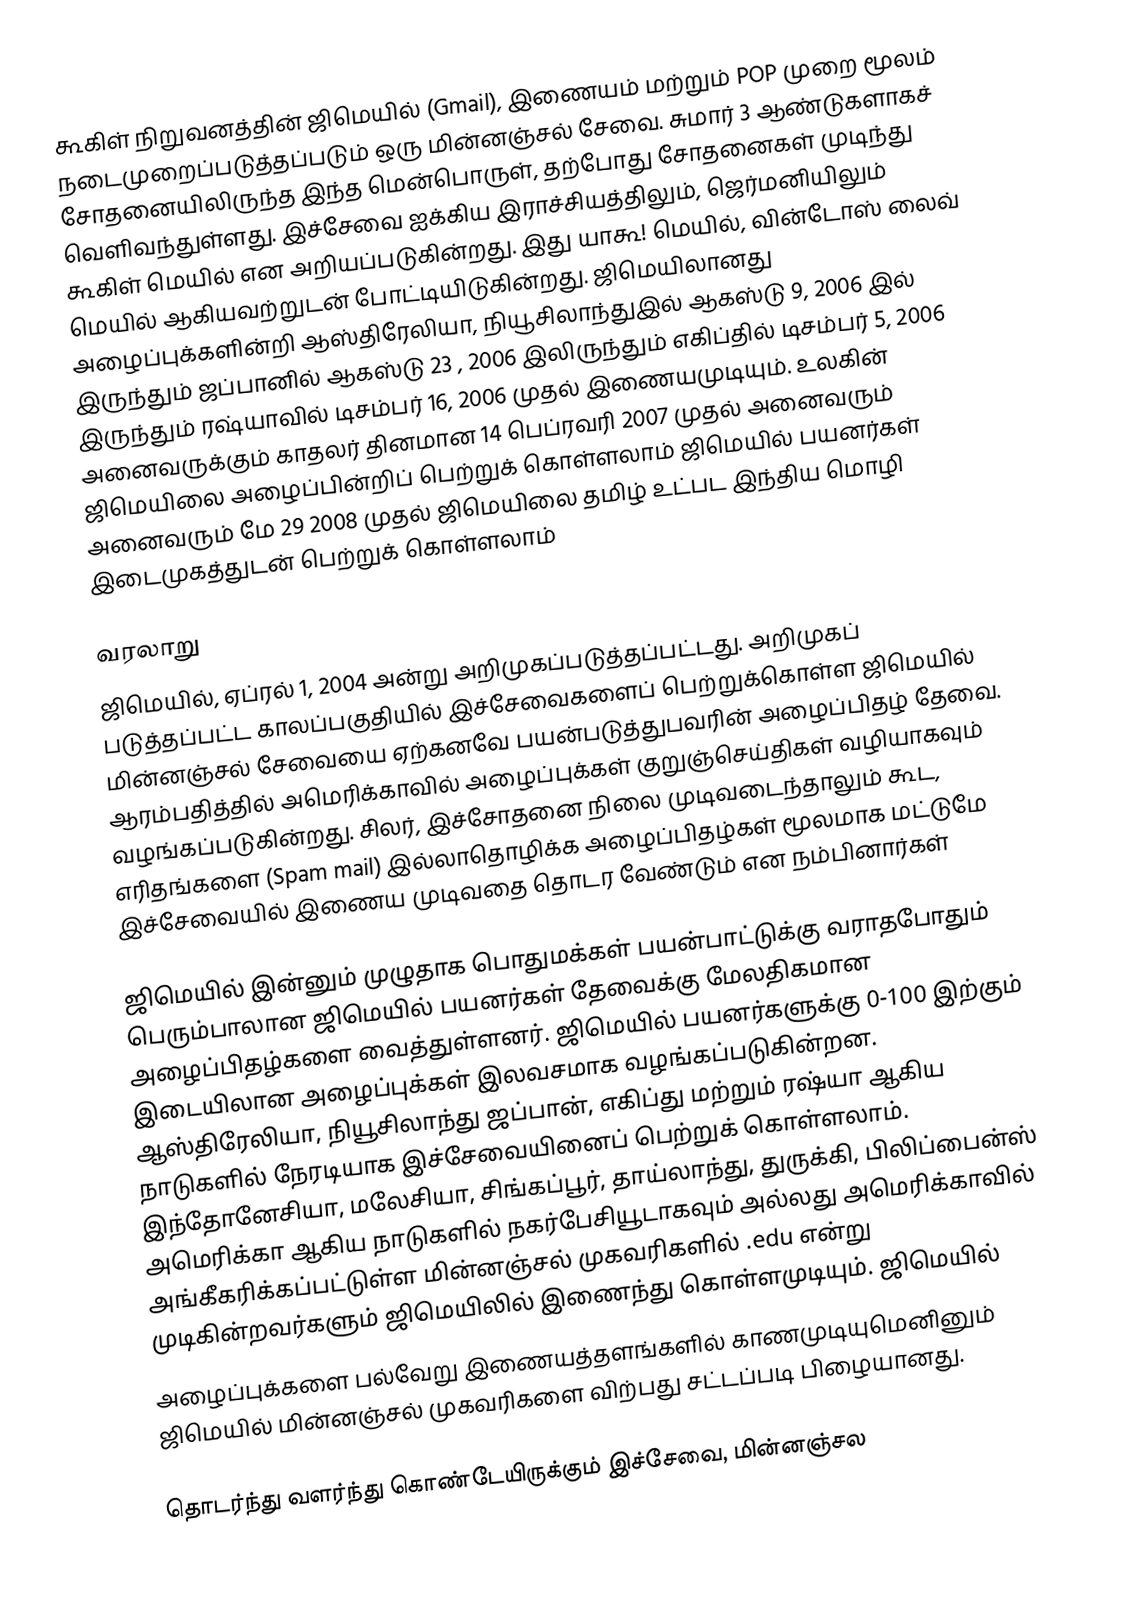
கூகிள் நிறுவனத்தின் ஜிமெயில் (Gmail), இணையம் மற்றும்  POP முறை மூலம் நடைமுறைப்படுத்தப்படும் ஒரு மின்னஞ்சல் சேவை. சுமார் 3 ஆண்டுகளாகச் சோதனையிலிருந்த இந்த மென்பொருள், தற்போது சோதனைகள் முடிந்து வெளிவந்துள்ளது. இச்சேவை ஐக்கிய இராச்சியத்திலும், ஜெர்மனியிலும் கூகிள் மெயில் என அறியப்படுகின்றது. இது யாகூ! மெயில், வின்டோஸ் லைவ் மெயில் ஆகியவற்றுடன் போட்டியிடுகின்றது. ஜிமெயிலானது அழைப்புக்களின்றி ஆஸ்திரேலியா, நியூசிலாந்துஇல் ஆகஸ்டு 9, 2006 இல் இருந்தும் ஜப்பானில் ஆகஸ்டு 23 , 2006 இலிருந்தும் எகிப்தில் டிசம்பர் 5, 2006 இருந்தும் ரஷ்யாவில் டிசம்பர் 16, 2006  முதல் இணையமுடியும். உலகின் அனைவருக்கும் காதலர் தினமான 14 பெப்ரவரி 2007 முதல் அனைவரும் ஜிமெயிலை அழைப்பின்றிப் பெற்றுக் கொள்ளலாம்  ஜிமெயில் பயனர்கள் அனைவரும் மே 29 2008 முதல் ஜிமெயிலை தமிழ் உட்பட இந்திய மொழி இடைமுகத்துடன் பெற்றுக் கொள்ளலாம்

வரலாறு
ஜிமெயில், ஏப்ரல் 1, 2004  அன்று அறிமுகப்படுத்தப்பட்டது. அறிமுகப் படுத்தப்பட்ட காலப்பகுதியில் இச்சேவைகளைப் பெற்றுக்கொள்ள ஜிமெயில் மின்னஞ்சல் சேவையை ஏற்கனவே  பயன்படுத்துபவரின் அழைப்பிதழ் தேவை.  ஆரம்பதித்தில் அமெரிக்காவில் அழைப்புக்கள் குறுஞ்செய்திகள் வழியாகவும் வழங்கப்படுகின்றது. சிலர், இச்சோதனை நிலை  முடிவடைந்தாலும் கூட, எரிதங்களை (Spam mail) இல்லாதொழிக்க அழைப்பிதழ்கள் மூலமாக மட்டுமே இச்சேவையில் இணைய முடிவதை தொடர வேண்டும் என நம்பினார்கள்

ஜிமெயில் இன்னும் முழுதாக பொதுமக்கள் பயன்பாட்டுக்கு வராதபோதும் பெரும்பாலான ஜிமெயில் பயனர்கள் தேவைக்கு மேலதிகமான அழைப்பிதழ்களை வைத்துள்ளனர். ஜிமெயில் பயனர்களுக்கு 0-100 இற்கும் இடையிலான அழைப்புக்கள் இலவசமாக வழங்கப்படுகின்றன. ஆஸ்திரேலியா, நியூசிலாந்து ஜப்பான், எகிப்து மற்றும் ரஷ்யா ஆகிய நாடுகளில் நேரடியாக இச்சேவையினைப் பெற்றுக் கொள்ளலாம். இந்தோனேசியா, மலேசியா, சிங்கப்பூர், தாய்லாந்து, துருக்கி, பிலிப்பைன்ஸ் அமெரிக்கா ஆகிய நாடுகளில் நகர்பேசியூடாகவும் அல்லது அமெரிக்காவில் அங்கீகரிக்கப்பட்டுள்ள மின்னஞ்சல் முகவரிகளில் .edu என்று முடிகின்றவர்களும் ஜிமெயிலில் இணைந்து கொள்ளமுடியும். ஜிமெயில்
அழைப்புக்களை பல்வேறு இணையத்தளங்களில் காணமுடியுமெனினும் ஜிமெயில் மின்னஞ்சல் முகவரிகளை விற்பது சட்டப்படி பிழையானது.

தொடர்ந்து வளர்ந்து கொண்டேயிருக்கும் இச்சேவை, மின்னஞ்சல